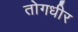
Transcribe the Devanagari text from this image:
तोगधीर